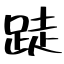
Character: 跿